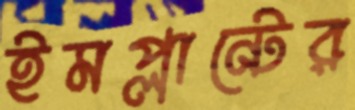
ইমপ্লান্টের